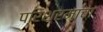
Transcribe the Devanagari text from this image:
परिश्रमाचा